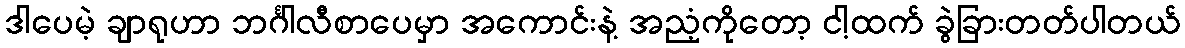
ဒါပေမဲ့ ချာရုဟာ ဘင်္ဂါလီစာပေမှာ အကောင်းနဲ့ အညံ့ကိုတော့ ငါ့ထက် ခွဲခြားတတ်ပါတယ်